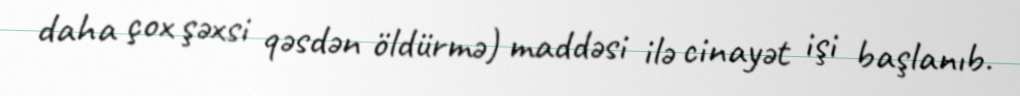
daha çox şəxsi qəsdən öldürmə) maddəsi ilə cinayət işi başlanıb.